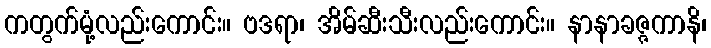
ကတွက်မုံ့လည်းကောင်း။ ဗဒရာ၊ အိမ်ဆီးသီးလည်းကောင်း။ နာနာခဇ္ဇကာနိ၊